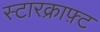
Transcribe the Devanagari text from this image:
स्टारक्राफ़्ट